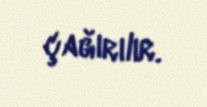
çağırılır.